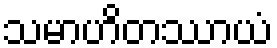
သမာဟိတဿာယံ